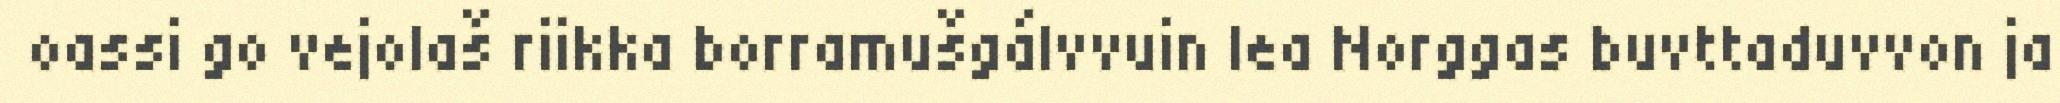
oassi go vejolaš riikka borramušgálvvuin lea Norggas buvttaduvvon ja